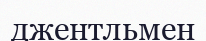
джентльмен